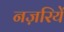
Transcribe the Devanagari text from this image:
नज़रियें